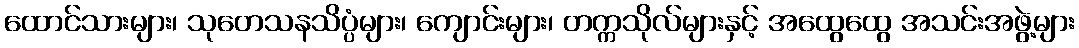
ထောင်သားများ၊ သုတေသနသိပ္ပံများ၊ ကျောင်းများ၊ တက္ကသိုလ်များနှင့် အထွေထွေ အသင်းအဖွဲ့များ